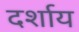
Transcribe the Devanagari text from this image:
दर्शाय